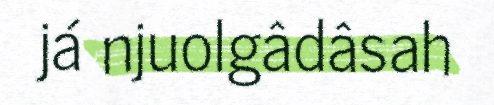
já njuolgâdâsah